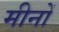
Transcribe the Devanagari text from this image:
मीनों